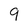
Character: 9